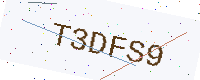
Text: T3DFS9